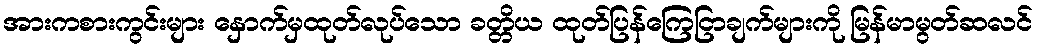
အားကစားကွင်းများ နှောက်မှထုတ်လုပ်သော ခတ္တိယ ထုတ်ပြန်ကြေငြာချက်များကို မြန်မာမွတ်ဆလင်